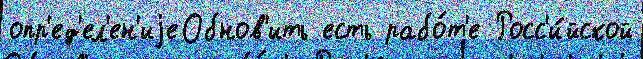
опр'ед'ел'ен'иjеОбнов'ить есть рабо́т'е Росс'и́йской